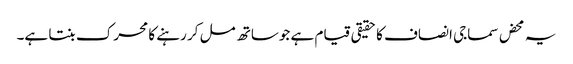
یہ محض سماجی انصاف کا حقیقی قیام ہے جوساتھ مل کر رہنے کا محرک بنتا ہے۔